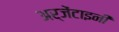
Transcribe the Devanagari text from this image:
अर्जेंटाइनी